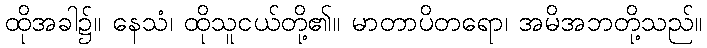
ထိုအခါ၌။ နေသံ၊ ထိုသူငယ်တို့၏။ မာတာပိတရော၊ အမိအဘတို့သည်။